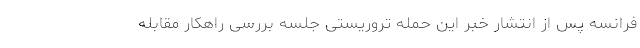
فرانسه پس از انتشار خبر این حمله تروریستی جلسه بررسی راهکار مقابله